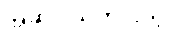
အဆိုပါသတင်းတွင်